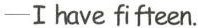
-I have fifteen.